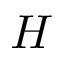
H